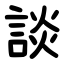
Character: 談